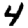
Digit: 4